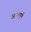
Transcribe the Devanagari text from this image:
आत्मपूर्ण